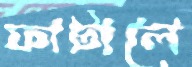
ফাটালে